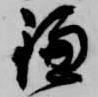
鎌